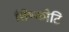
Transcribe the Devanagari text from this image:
शिष्कोटि